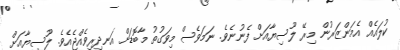
ކުލައެއް އެމަންޒަރުން މިރޭ ލޫސިޔާއަށް ފެނުނެވެ. ނަމަވެސް މިވަގުތު މާބޮޑަށް އަނދިރިވެއްޖެއެވެ. ލޫސިޔާއަށް